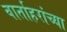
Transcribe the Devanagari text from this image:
वार्ताहरांच्या